Report on horse surra - Volume I
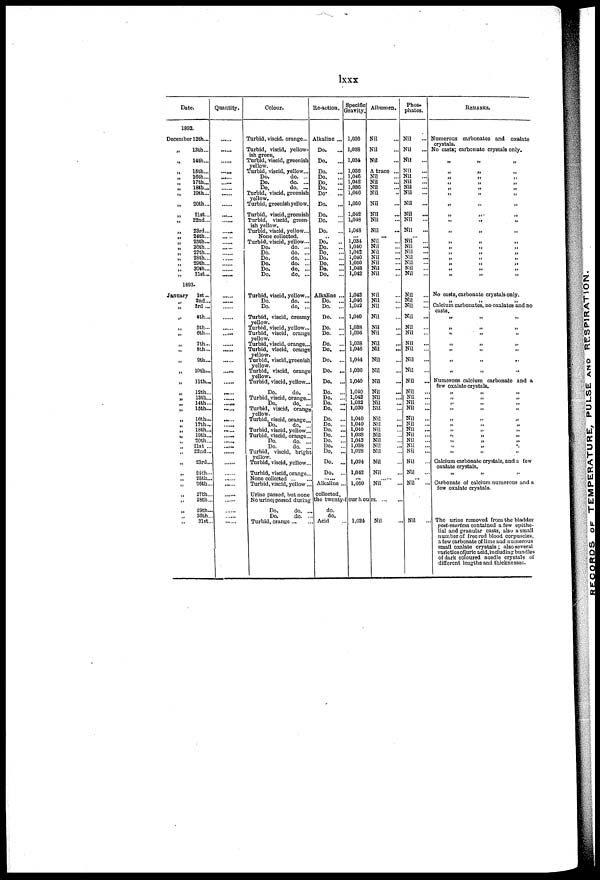
lxxx
Date.
1892.
December 12th...
„
13th...
„
14th...
„
15th...
„ 16th...
„ 17th...
„
18th...
„
19th...
„ 20th...
„
21st...
„
22nd...
„ 23rd...
„
24th...
„
25th...
„
26th...
„
27th...
„
28th...
„
29th...
„
30th...
„ 31st...
1893.
January 1st ...
„ 2nd...
„ 3rd ...
„ 4th...
„
5th...
„
6th...
„
7th...
„
8th...
„ 9th...
„ 10th...
„
11th...
„
12th...
„
13th...
„
14th...
„
15th...
„
16th...
„ 17th...
„ 18th...
„
19th...
„ 20th...
„ 21st ...
„ 22nd...
„ 23rd...
„ 24th..
„ 25th..
„ 26th..
„ 27th..
„ 28th..
„
29th..
„ 30th..
„ 31st..
Quantity.
......
......
......
......
......
......
......
......
......
......
......
......
......
......
......
......
......
......
......
......
......
......
......
......
......
......
......
...... ......
......
......
......
......
.....
...... ......
......
......
......
......
......
......
......
......
......
......
Colour.
Turbid, viscid. orange...
Turbid, viscid, yellow-
ish green.
Turbid, viscid, greenish
yellow.
Turbid, viscid, yellow...
Do.
do. ...
Do.
do. ...
Do.
do. ...
Turbid, viscid, greenish
yellow.
Turbid, greenish yellow.
Turbid, viscid, greenish
Turbid, viscid, green-
ish yellow.
Turbid, viscid, yellow...
None collected.
Turbid, viscid, yellow...
Do.
do. ...
Do.
do. ...
Do.
do. ...
Do.
do. ...
Do.
do. ...
Do.
do. ...
Turbid, viscid, yellow...
Do.
do. ...
Do.
do. ...
Turbid, viscid, creamy
yellow.
Turbid, viscid, yellow...
Turbid, viscid, orange
yellow.
Turbid, viscid, orange...
Turbid, viscid, orange
yellow.
Turbid, viscid, greenish
yellow.
Turbid, viscid, orange
yellow.
Turbid, viscid, yellow...
Do.
do. ..
Turbid, viscid, orange...
Do.
do. ...
Turbid, viscid, orange
yellow.
Turbid, viscid, orange...
Do.
do. ...
Turbid, viscid, yellow...
Turbid, viscid, orange...
Do.
do. ...
Do.
do. ...
Turbid, viscid, bright
yellow.
Turbid, viscid, yellow...
Turbid, viscid, orange...
None collected
Turbid, viscid, yellow...
Urine passed, but none
No urine) passed during
Do.
do. ..
Do.
do. ..
Turbid, orange
Re-action Specific
Gravity>
Alkaline ...
Do.
Do.
Do.
Do.
...
Do.
Do.
Do-
Do.
...
Do.
Do.
Do.
...
Do.
..
Do.
Do.
...
Do.
...
Do.
Do.
...
Do.
Alkaline ...
Do. ...
Do. ...
Do. ...
Do. ...
Do. ...
Do. ...
Do. ...
Do. ...
Do. ...
Do. ...
Do. ...
Do. ...
Do. ...
Do. ...
Do. ...
Do. ...
Do. ...
Do. ...
Do. ...
Do. ...
Do, ...
Do. ...
Do. ...
Alkaline ...
collected.
the twenty-
do.
do.
. Acid
1,036
1,038
1,034,
1,036
1,046
1,042
1,036
1,046
1,050
1,042
1,048
1,048
1,034
1,040
1,042
1,040
1,050
1,048
1,042
1,042
1,046
1,042
1,040
1,038
1,036
1,038
1,046
1,044
1,036
1,040
1,040
1,042
1,032
1,030
1,040
1,040
1,040
1,038
1,042
1,038
1,028
1,024
1,042
...
1,050
our hou
1,024
Albumen.
Nil
Nil
Nil
A trace ...
Nil
Nil
Nil
Nil
Nil
Nil
Nil
Nil
...
Nil
Nil
Nil
Nil
Nil
Nil
Nil
Nil
Nil
Nil
Nil
Nil
Nil
Nil
Nil
Nil
Nil
Nil
Nil
Nil
Nil
Nil
Nil
Nil
Nil
Nil
Nil
Nil
Nil
Nil
Nil
Nil""" ..
rs
Nil
Phos-
phates.
Nil
Nil
Nil
Nil
Nil
Nil
Nil
Nil
Nil
Nil
...
Nil
Nil
Nil
...
Nil
Nil
Nil
Nil
Nil
Nil
Nil
Nil
Nil
...
Nil
...
Nil
Nil
Nil
Nil
Nil
...
Nil
Nil
...
Nil
Nil
Nil
Nil
Nil
Nil
Nil
...
Nil
Nil
Nil
Nil
Nil
Nil
...
Nil
Nil
REMARKS.
Numerous carbonates and oxalate
crystals.
No casts; carbonate crystals only.
„ „ „
„ „ „
„ „ „
„ „ „
„ „ „
„ „ „
„ „ „
„ „ „
„ „ „
„ „ „
„ „ „
„ „ „
„ „ „
„ „ „
„ „ „
„ „ „
No casts, carbonate crystals only.
„ „ „
Calcium carbonates, no oxalates and no
casts.
„ „ „
„ „ „
„ „ „
„ „ „
..
„ „ „
„ „ „
Numerous calcium carbonate and a
few oxalate crystals.
„ „ „
„ „ „
„ „ „
„ „ „
„ „ „
„ „ „
„ „ „
„ „ „
„ „ „
„ „ „
„ „ „
Calcium carbonate crystals, and a few
oxalate crystals.
„ „ „
Carbonate of calcium numerous and a
few oxalate crystals.
The urine removed from the bladder
post-mortem contained a few epithe-
lial and granular casts, also a small
number of free red blood corpuscles,
a few carbonate of lime and numerous
small oxalate crystals ; also several
varieties of Juric acid,including bundles
of dark coloured needle crystals of
different lengths and thicknesses,.